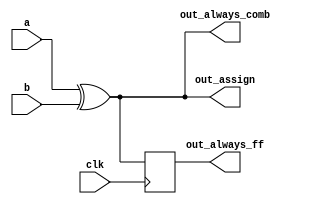
// This program was cloned from: https://github.com/BriceLucifer/DDCA-verilog
// License: MIT License

// synthesis verilog_input_version verilog_2001
module top_module(
    input clk,
    input a,
    input b,
    output wire out_assign,
    output reg out_always_comb,
    output reg out_always_ff   );

assign out_assign = a ^ b;
// assign procedures

always @(*) out_always_comb = a^b;
// always @(*) loop while  
//   

// always @(clk)  flip-flop
//  
// <= 

always @(posedge clk ) begin
    out_always_ff <= a^b;
end
endmodule